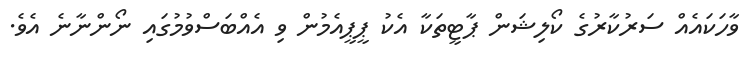
ވާހަކައެއް ސަރުކާރުގެ ކޯލިޝަން ޕާޓީތަކާ އެކު ޕީޕީއެމުން ވި އެއްބަސްވުމުގައި ނޯންނާނެ އެވެ.